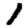
Digit: 1